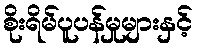
စိုးရိမ်ပူပန်မှုများနှင့်